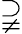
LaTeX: \supsetneqq